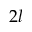
2 l